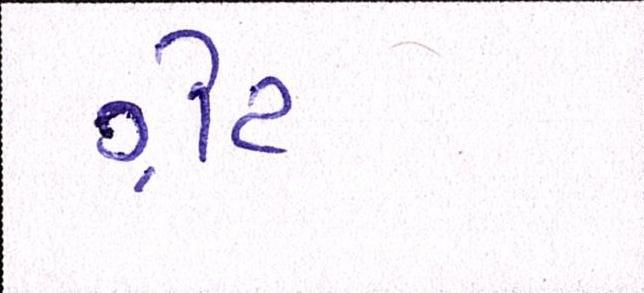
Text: ગ્રેટ